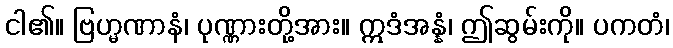
ငါ၏။ ဗြဟ္မဏာနံ၊ ပုဏ္ဏားတို့အား။ ဣဒံအန္နံ၊ ဤဆွမ်းကို။ ပကတံ၊